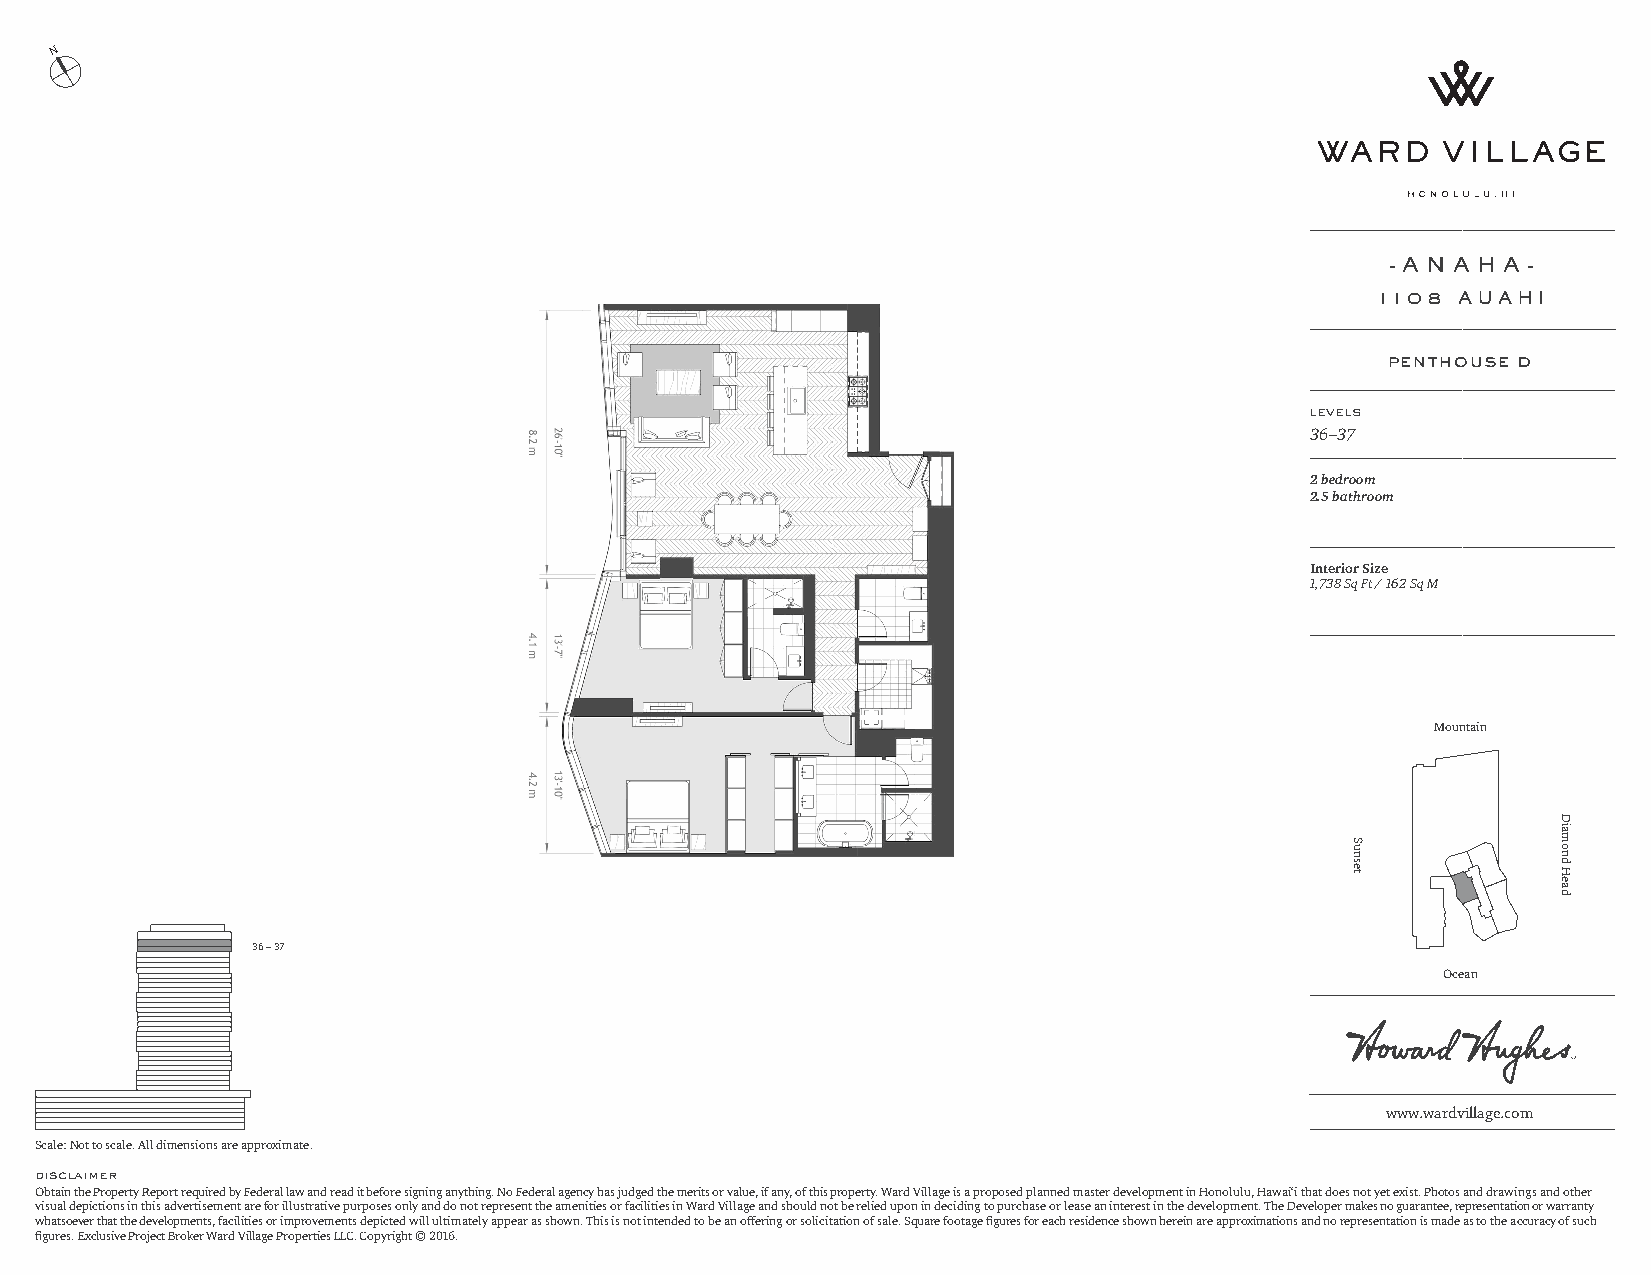
N
 - A N A H A -
 1108 AUAHI
 penthouse d
 levels
 36–37
 2 bedroom
 2.5 bathroom
 Interior Size
 1,738 Sq Ft / 162 Sq M
 Mountain
 36 – 37
 Ocean
 www.wardvillage.com
 Scale: Not to scale. All dimensions are approximate.
 disclaimer
 Obtain the Property Report required by Federal law and read it before signing anything. No Federal agency has judged the merits or value, if any, of this property. Ward Village is a proposed planned master development in Honolulu, Hawai‘i that does not yet exist. Photos and drawings and other
 visual depictions in this advertisement are for illustrative purposes only and do not represent the amenities or facilities in Ward Village and should not be relied upon in deciding to purchase or lease an interest in the development. The Developer makes no guarantee, representation or warranty
 whatsoever that the developments, facilities or improvements depicted will ultimately appear as shown. This is not intended to be an offering or solicitation of sale. Square footage figures for each residence shown herein are approximations and no representation is made as to the accuracy of such
 figures. Exclusive Project Broker Ward Village Properties LLC. Copyright © 2016.
 Sunset
 Diamond
 Head